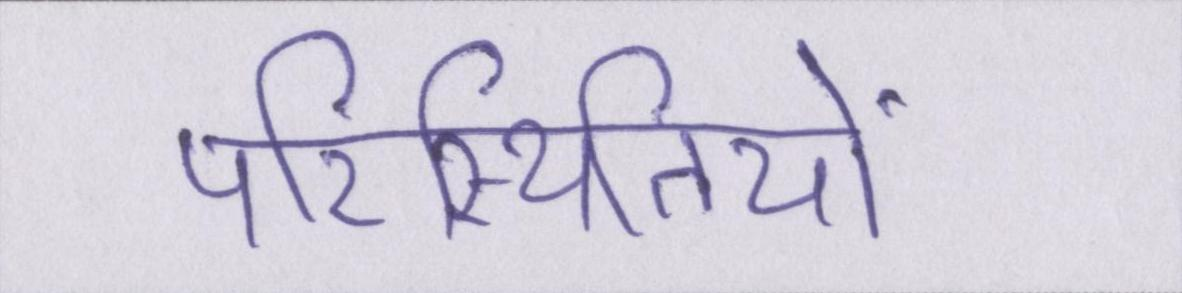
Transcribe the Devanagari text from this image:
परिस्थितियों